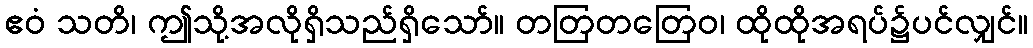
ဧဝံ သတိ၊ ဤသို့အလိုရှိသည်ရှိသော်။ တတြတတြေဝ၊ ထိုထိုအရပ်၌ပင်လျှင်။